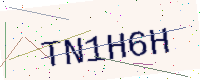
Text: TN1H6H